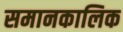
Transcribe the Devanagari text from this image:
समानकालिक